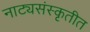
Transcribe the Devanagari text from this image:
नाट्यसंस्कृतीत